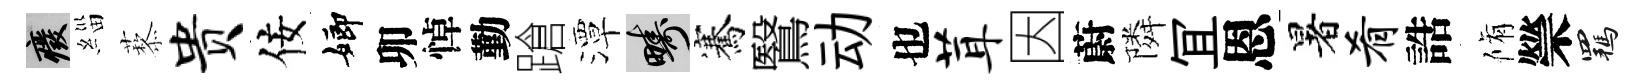
廢緇藜贵佞嫏卯悼勤蹌潭疇騫鷖动也茸因蔚隣冝恩暑肴誥脩禜羈